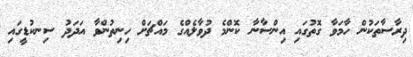
ދިރާސާތަކުން ހާމަވާ ގޮތުގައި އިންސާނާ ކޮންމެ ދުވާލެއްގެ މައްޗަށް ހިނިތުންވާ އަދަދު ސިނކުޑީގައި